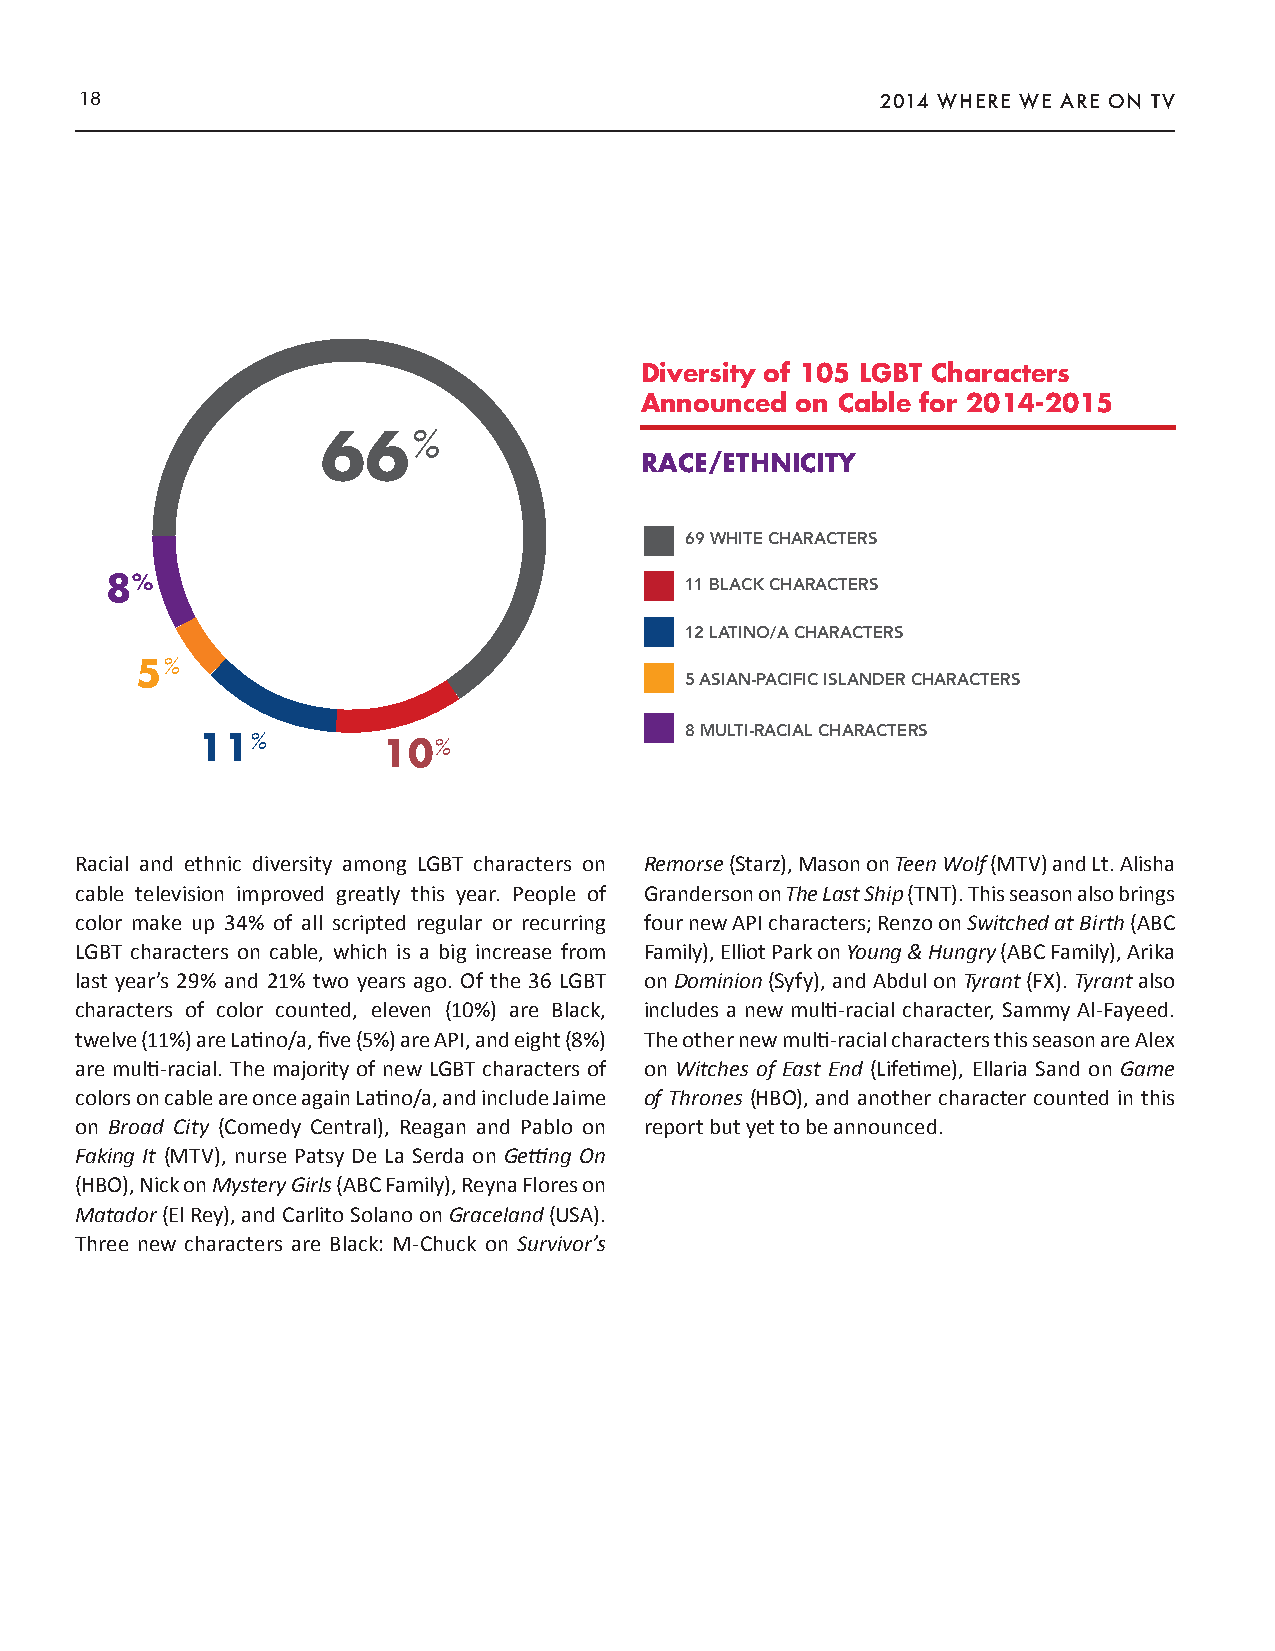
18                                                   2014 WHERE WE ARE ON TV
 Diversity of 105 LGBT Characters
 Announced  on Cable for 2014-2015
 66%
 RACE/ETHNICITY
 69 WHITE CHARACTERS
 8%                                    11 BLACK CHARACTERS
 12 LATINO/A CHARACTERS
 5%
 5 ASIAN-PACIFIC ISLANDER CHARACTERS
 8 MULTI-RACIAL CHARACTERS
 11%         10%
 Racial and ethnic diversity among LGBT characters on Remorse (Starz), Mason on Teen Wolf (MTV) and Lt. Alisha
 cable television improved greatly this year. People of Granderson on The Last Ship (TNT). This season also brings
 color make up 34% of all scripted regular or recurring four new API characters; Renzo on Switched at Birth (ABC
 LGBT characters on cable, which is a big increase from Family), Elliot Park on Young & Hungry (ABC Family), Arika
 last year’s 29% and 21% two years ago. Of the 36 LGBT on Dominion (Syfy), and Abdul on Tyrant (FX). Tyrant also
 characters of color counted, eleven (10%) are Black, includes a new multi-racial character, Sammy Al-Fayeed.
 twelve (11%) are Latino/a, five (5%) are API, and eight (8%) The other new multi-racial characters this season are Alex
 are multi-racial. The majority of new LGBT characters of on Witches of East End (Lifetime), Ellaria Sand on Game
 colors on cable are once again Latino/a, and include Jaime of Thrones (HBO), and another character counted in this
 on Broad City (Comedy Central), Reagan and Pablo on report but yet to be announced.
 Faking It (MTV), nurse Patsy De La Serda on Getting On
 (HBO), Nick on Mystery Girls (ABC Family), Reyna Flores on
 Matador (El Rey), and Carlito Solano on Graceland (USA).
 Three new characters are Black: M-Chuck on Survivor’s